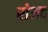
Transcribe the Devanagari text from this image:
रोअद